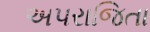
અપરાજિતા